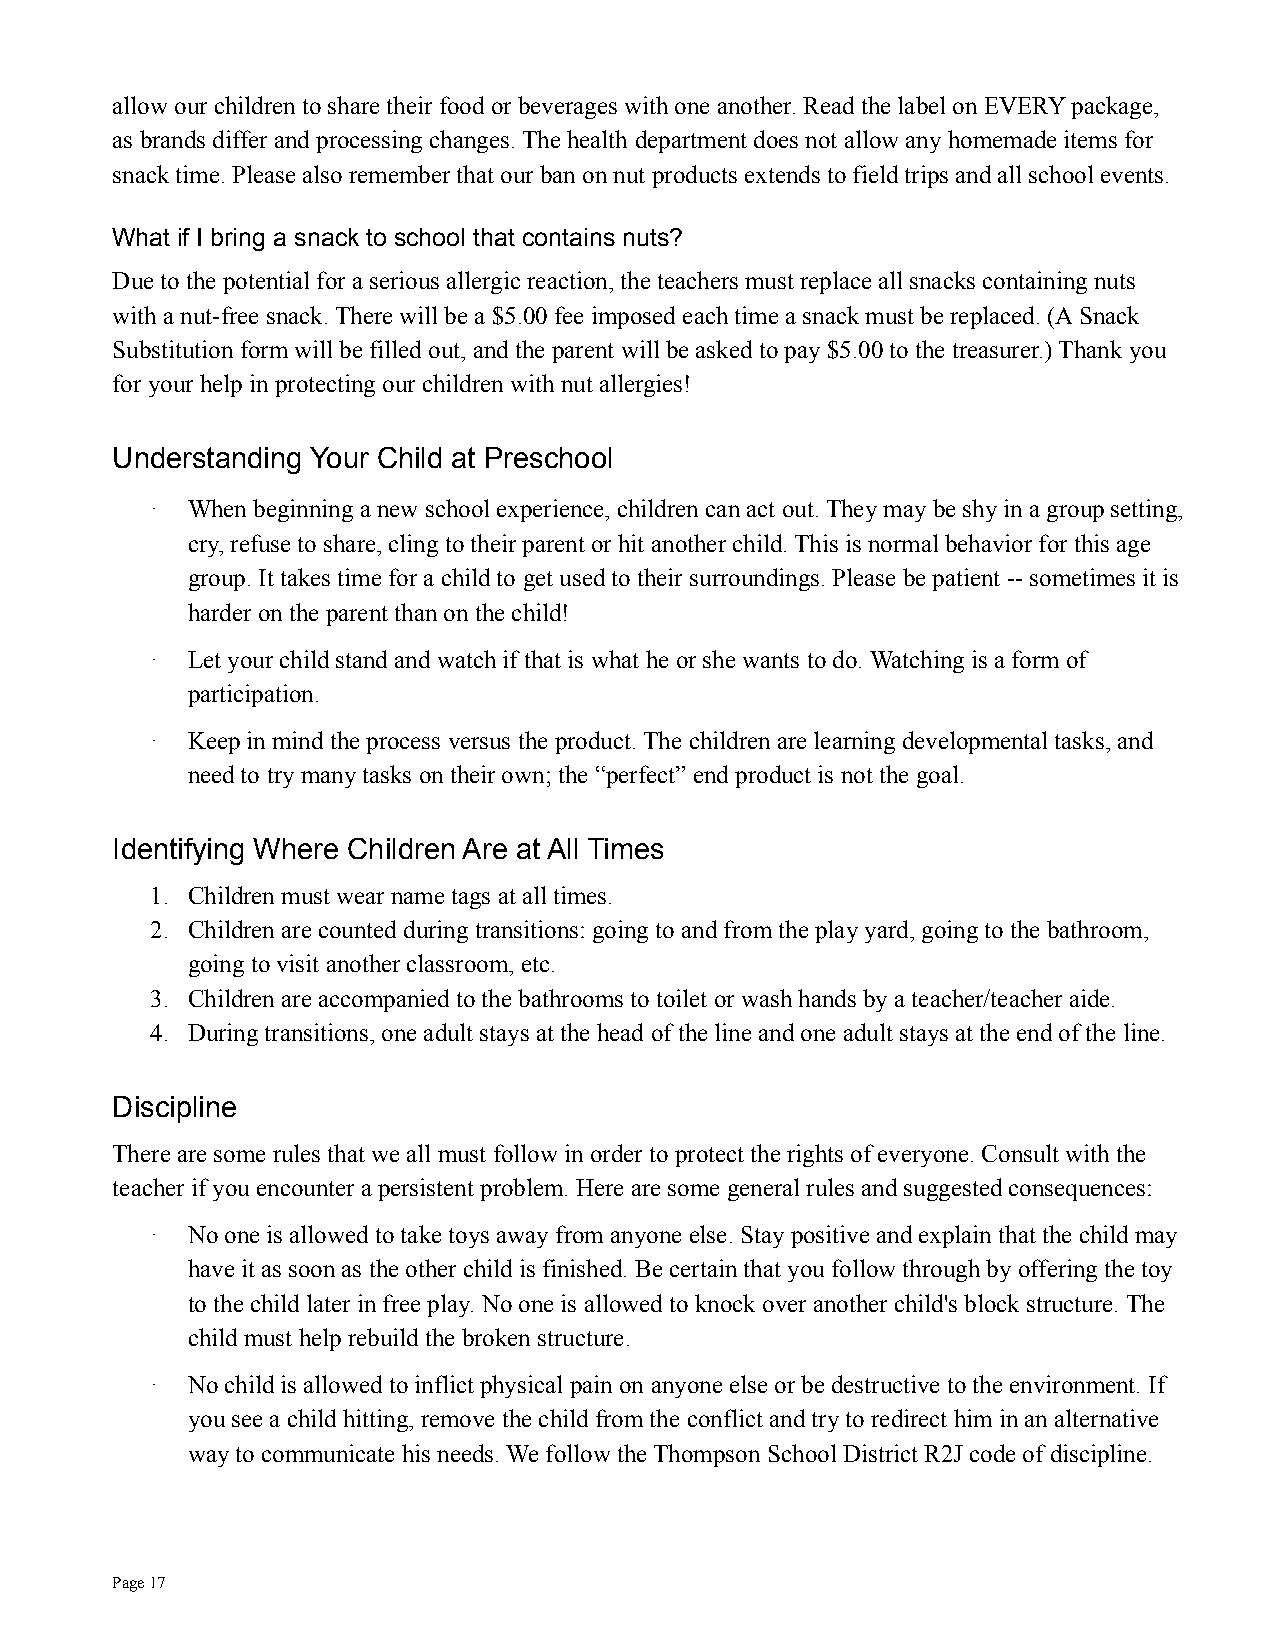
allow our children to share their food or beverages with one another. Read the label on EVERY package,
 as brands differ and processing changes. The health department does not allow any homemade items for
 snack time. Please also remember that our ban on nut products extends to field trips and all school events.
 What if I bring a snack to school that contains nuts?
 Due to the potential for a serious allergic reaction, the teachers must replace all snacks containing nuts
 with a nut-free snack. There will be a $5.00 fee imposed each time a snack must be replaced. (A Snack
 Substitution form will be filled out, and the parent will be asked to pay $5.00 to the treasurer.) Thank you
 for your help in protecting our children with nut allergies!
 Understanding Your Child at Preschool
 · When beginning a new school experience, children can act out. They may be shy in a group setting,
 cry, refuse to share, cling to their parent or hitanother child. This is normal behavior for this age
 group. It takes time for a child to get used to theirsurroundings. Please be patient -- sometimes it is
 harder on the parent than on the child!
 · Let your child stand and watch if that is whathe or she wants to do. Watching is a form of
 participation.
 · Keep in mind the process versus the product. The children are learning developmental tasks, and
 need to try many tasks on their own; the “perfect”end product is not the goal.
 Identifying Where Children Are at All Times
 1. Children must wear name tags at all times.
 2. Children are counted during transitions: goingto and from the play yard, going to the bathroom,
 going to visit another classroom, etc.
 3. Children are accompanied to the bathrooms to toiletor wash hands by a teacher/teacher aide.
 4. During transitions, one adult stays at the headof the line and one adult stays at the end of the line.
 Discipline
 There are some rules that we all must follow in orderto protect the rights of everyone. Consult with the
 teacher if you encounter a persistent problem. Here are some general rules and suggested consequences:
 · No one is allowed to take toys away from anyone else. Stay positive and explain that the child may
 have it as soon as the other child is finished. Becertain that you follow through by offering the toy
 to the child later in free play. No one is allowedto knock over another child's block structure. The
 child must help rebuild the broken structure.
 · No child is allowed to inflict physical pain on anyone else or be destructive to the environment.If
 you see a child hitting, remove the child from theconflict and try to redirect him in an alternative
 way to communicate his needs. We follow the Thompson School District R2J code of discipline.
 Page17